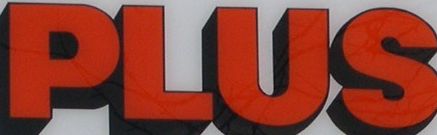
PLUS